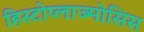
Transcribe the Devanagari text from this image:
हिस्टोप्लाज्मोसिस